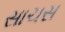
સાચસ